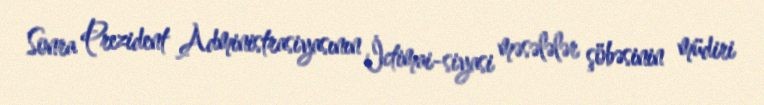
Sonra Prezident Administrasiyasının İctimai-siyasi məsələlər şöbəsinin müdiri